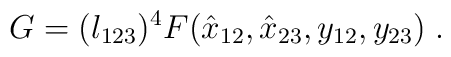
G=(\l_{123})^4F(\hat x_{12},\hat x_{23},y_{12}, y_{23})\;.